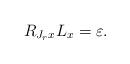
LaTeX: \begin{align*} R_{J_rx}L_x =\varepsilon.\end{align*}